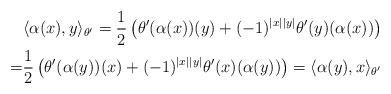
LaTeX: \begin{align*}&\langle \alpha(x), y\rangle_{\theta'}=\frac{1}{2}\left(\theta'(\alpha(x))(y)+(-1)^{|x||y|}\theta'(y)(\alpha(x))\right)\\=&\frac{1}{2}\left(\theta'(\alpha(y))(x)+(-1)^{|x||y|}\theta'(x)(\alpha(y))\right)=\langle \alpha(y), x\rangle_{\theta'}\end{align*}